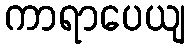
ကာရာပေယျ